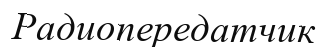
Радиопередатчик